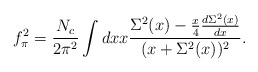
\begin{align*}f_{\pi}^2 = \frac{N_c}{2\pi^2} \int dx x \frac{\Sigma^2 (x)-\frac{x}{4}\frac{d \Sigma^2(x)}{dx}} {(x+\Sigma^2(x))^2} . \end{align*}